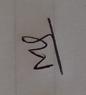
Signature authenticity: genuine